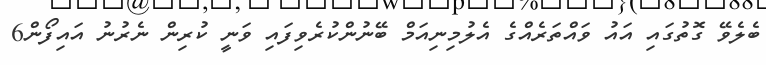
ބެލެވޭ ގޮތުގައި އައު ވައްތަރެއްގެ އެލުމިނިއަމް ބޭނުންކުރެވިފައި ވަނީ ކުރިން ނެރުނު އައިފޯން6